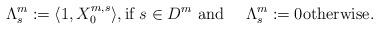
LaTeX: \begin{align*}\Lambda^{m}_{s}:=\langle 1,X^{m,s}_{0}\rangle, \mbox{if }s\in D^{m}\mbox{ and }\quad\Lambda^{m}_{s}:=0\mbox{otherwise}.\end{align*}